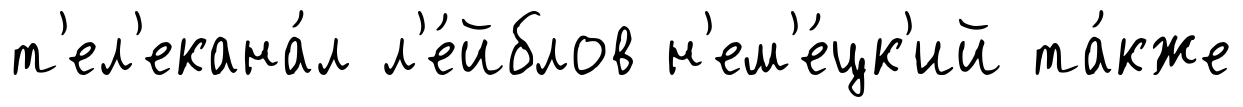
т'ел'екана́л л'е́йблов н'ем'е́цк'ий та́кже